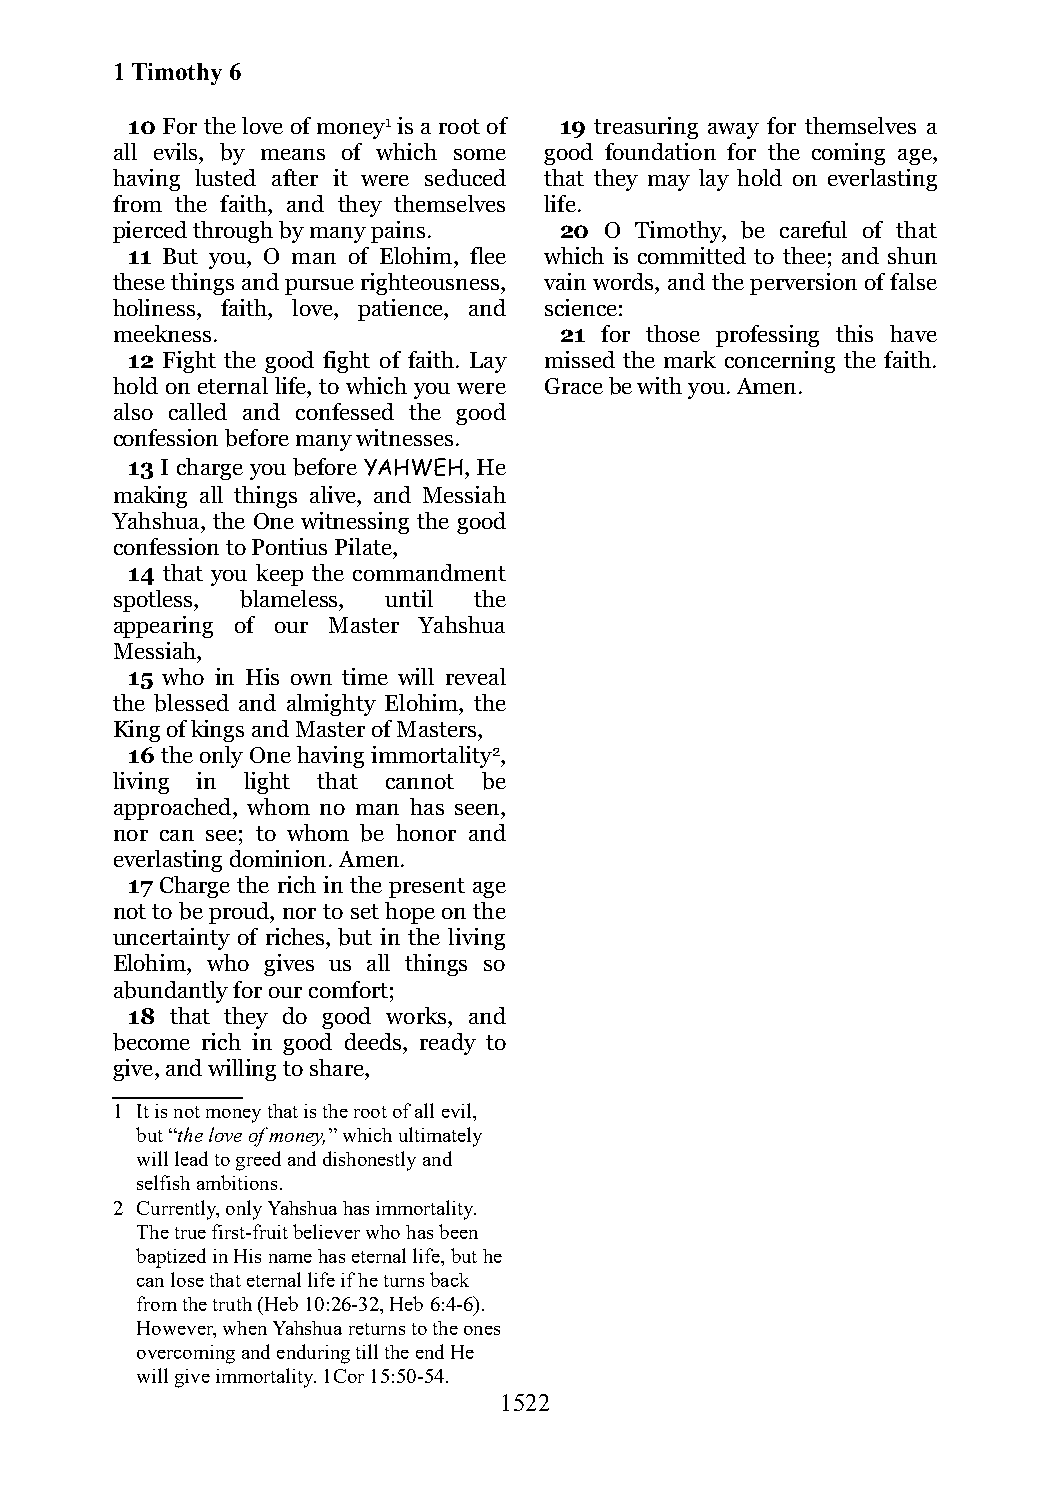
1 Timothy 6
 10 For the love of money1 is a root of 19 treasuring away for themselves a
 all evils, by means of which some good foundation for the coming age,
 having lusted after it were seduced that they may lay hold on everlasting
 from the faith, and they themselves life.
 pierced through by many pains. 20 O Timothy, be careful of that
 11 But you, O man of Elohim, flee which is committed to thee; and shun
 these things and pursue righteousness, vain words, and the perversion of false
 holiness, faith, love, patience, and science:
 meekness.                     21 for those professing this have
 12 Fight the good fight of faith. Lay missed the mark concerning the faith.
 hold on eternal life, to which you were Grace be with you. Amen.
 also called and confessed the good
 confession before many witnesses.
 13 I charge you before YAHWEH, He
 making all things alive, and Messiah
 Yahshua, the One witnessing the good
 confession to Pontius Pilate,
 14 that you keep the commandment
 spotless, blameless, until the
 appearing of our Master Yahshua
 Messiah,
 15 who in His own time will reveal
 the blessed and almighty Elohim, the
 King of kings and Master of Masters,
 16 the only One having immortality2,
 living in light that cannot be
 approached, whom no man has seen,
 nor can see; to whom be honor and
 everlasting dominion. Amen.
 17 Charge the rich in the present age
 not to be proud, nor to set hope on the
 uncertainty of riches, but in the living
 Elohim, who gives us all things so
 abundantly for our comfort;
 18 that they do good works, and
 become rich in good deeds, ready to
 give, and willing to share,
 1 It is not money that is the root of all evil,
 but “the love of money,” which ultimately
 will lead to greed and dishonestly and
 selfish ambitions.
 2 Currently, only Yahshua has immortality.
 The true first-fruit believer who has been
 baptized in His name has eternal life, but he
 can lose that eternal life if he turns back
 from the truth (Heb 10:26-32, Heb 6:4-6).
 However, when Yahshua returns to the ones
 overcoming and enduring till the end He
 will give immortality. 1Cor 15:50-54.
 1522